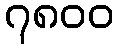
၇၈၀၀